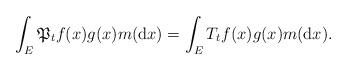
LaTeX: \begin{align*}\int_{E}\mathfrak{P}_{t}f(x)g(x)m({\rm d}x)=\int_{E}T_{t}f(x)g(x)m({\rm d}x).\end{align*}